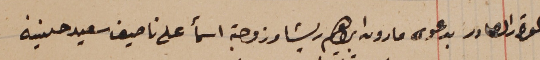
القرار الصادر بدعوى مارون ابراهيم ريشا وزوجته اسمأ على ناصيف سعيد حنينه